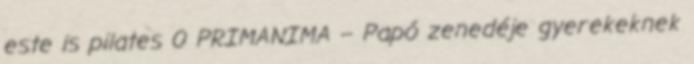
este is pilates 0 PRIMANIMA – Papó zenedéje gyerekeknek